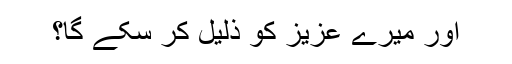
اور میرے عزیز کو ذلیل کر سکے گا؟